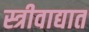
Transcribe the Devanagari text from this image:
स्त्रीवाद्यात